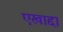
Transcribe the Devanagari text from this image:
एखाद्दा